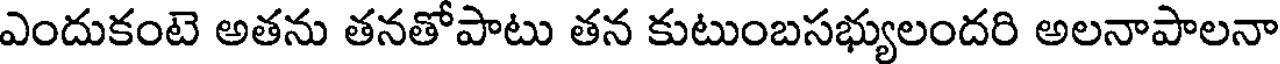
ఎందుకంటె అతను తనతోపాటు తన కుటుంబసభ్యులందరి అలనాపాలనా